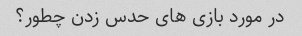
در مورد بازی های حدس زدن چطور؟